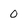
Character: 0